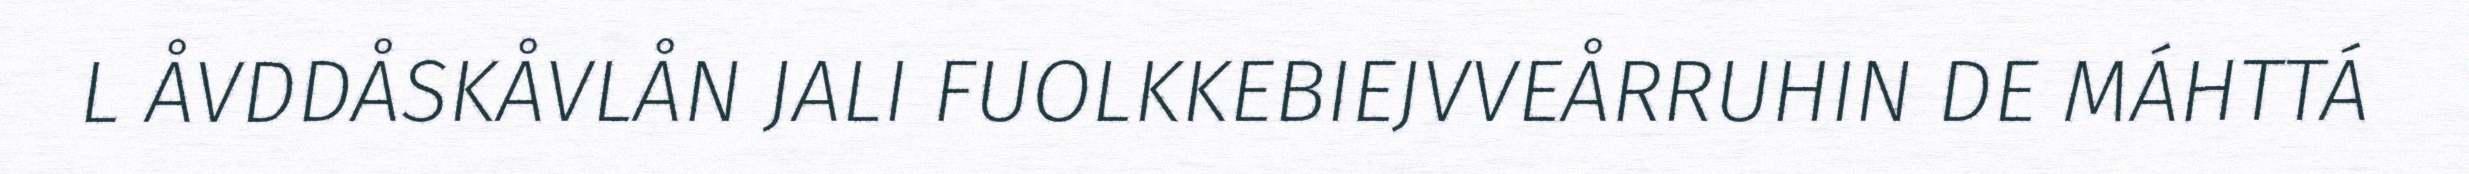
L ÅVDDÅSKÅVLÅN JALI FUOLKKEBIEJVVEÅRRUHIN DE MÁHTTÁ